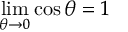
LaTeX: \operatorname* { l i m } _ { \theta \to 0 } { \cos \theta } = 1